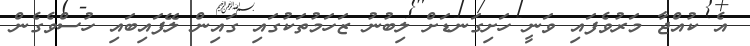
އެ ކުއްޖާ މަރުވެފައި ވަނީ ހަށިގަނޑަށް ލިބުނު ޒަހަމުތަކުގައި ގައިން ލޭފައިބައި ހުސްވެގެން